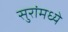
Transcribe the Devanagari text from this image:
सुरांमध्ये